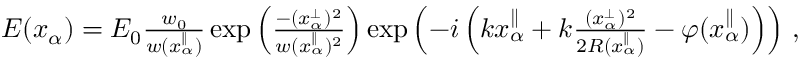
\begin{array} { r } { E ( x _ { \alpha } ) = E _ { 0 } \frac { w _ { 0 } } { w ( x _ { \alpha } ^ { \parallel } ) } \exp \left( \frac { - ( x _ { \alpha } ^ { \perp } ) ^ { 2 } } { w ( x _ { \alpha } ^ { \parallel } ) ^ { 2 } } \right) \exp \left( - i \left( k x _ { \alpha } ^ { \parallel } + k \frac { ( x _ { \alpha } ^ { \perp } ) ^ { 2 } } { 2 R ( x _ { \alpha } ^ { \parallel } ) } - \varphi ( x _ { \alpha } ^ { \parallel } ) \right) \right) \, , } \end{array}